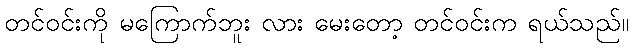
တင်ဝင်းကို မကြောက်ဘူး လား မေးတော့ တင်ဝင်းက ရယ်သည်။